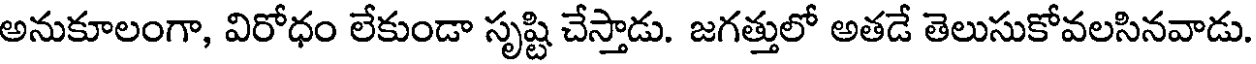
అనుకూలంగా, విరోధం లేకుండా సృష్టి చేస్తాడు. జగత్తులో అతడే తెలుసుకోవలసినవాడు